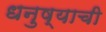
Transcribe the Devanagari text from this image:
धनुष्याची